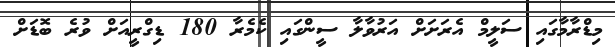
މިޑްރާމާގައި ސަލީމް އެރަށަށް އަރުވާލާ ސީންގައި ކެމެރާ 180 ޑިގްރީއަށް ވުރެ ބޮޑަށް